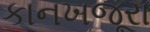
કાનખજૂરા